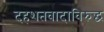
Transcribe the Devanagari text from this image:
दहशतवादाविरुद्ध